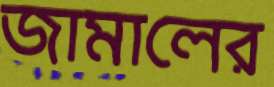
জামালের